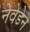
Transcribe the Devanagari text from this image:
नेवेडेन